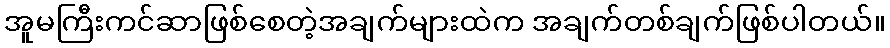
အူမကြီးကင်ဆာဖြစ်စေတဲ့အချက်များထဲက အချက်တစ်ချက်ဖြစ်ပါတယ်။